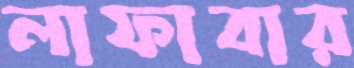
লাফাবার